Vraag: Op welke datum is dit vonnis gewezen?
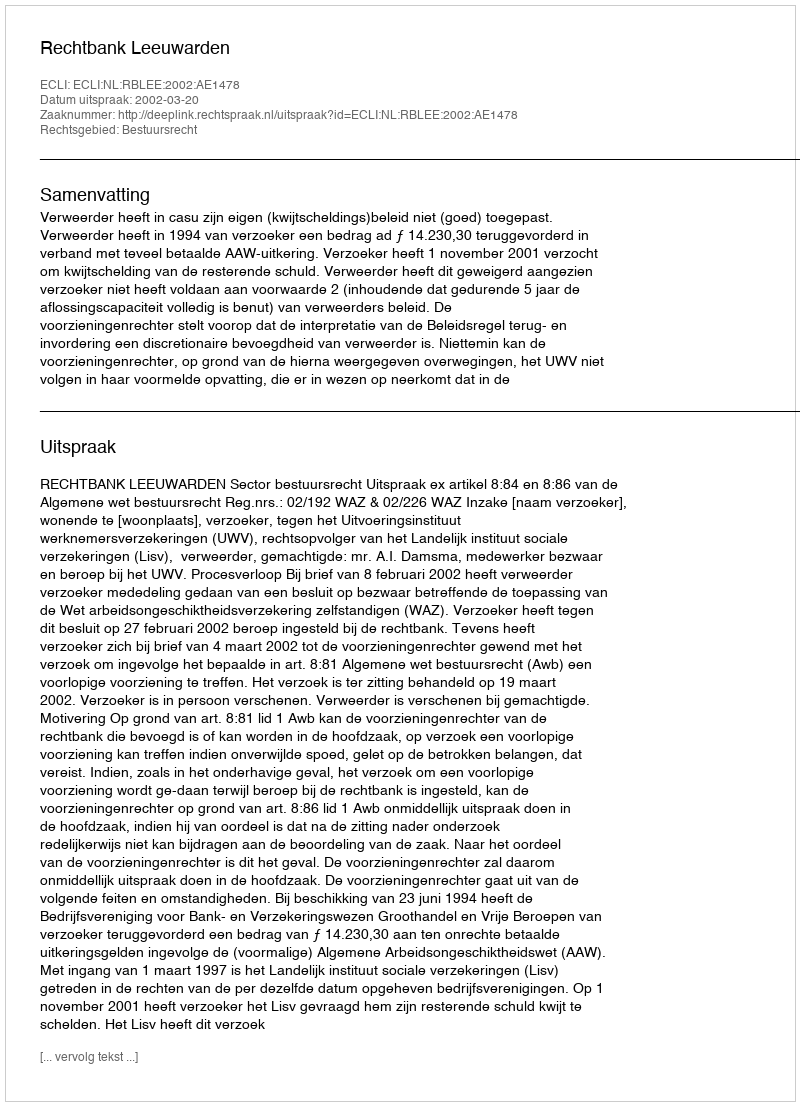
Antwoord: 2002-03-20